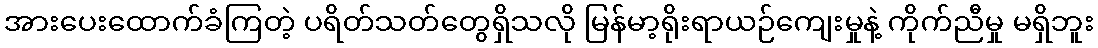
အားပေးထောက်ခံကြတဲ့ ပရိတ်သတ်တွေရှိသလို မြန်မာ့ရိုးရာယဉ်ကျေးမှုနဲ့ ကိုက်ညီမှု မရှိဘူး